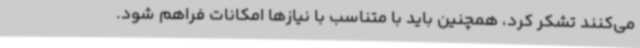
می‌کنند تشکر کرد، همچنین باید با متناسب با نیازها امکانات فراهم شود.